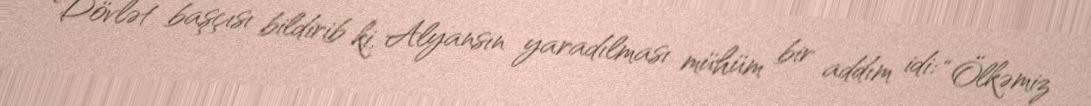
Dövlət başçısı bildirib ki, Alyansın yaradılması mühüm bir addım idi: “Ölkəmiz